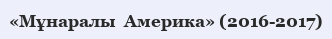
«Мұнаралы  Америка» (2016-2017)